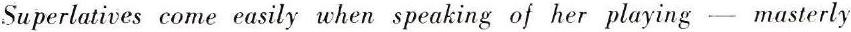
Superlatives come easily when speaking of her playing - masterly